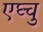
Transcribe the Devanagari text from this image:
एघ्चु